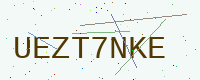
Text: UEZT7NKE